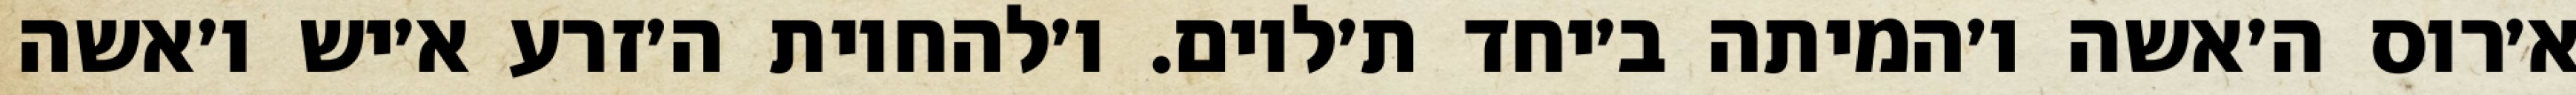
א׳רוס ה׳אשה ו׳המיתה ב׳יחד ת׳לוים. ו׳להחיות ה׳זרע א׳יש ו׳אשה